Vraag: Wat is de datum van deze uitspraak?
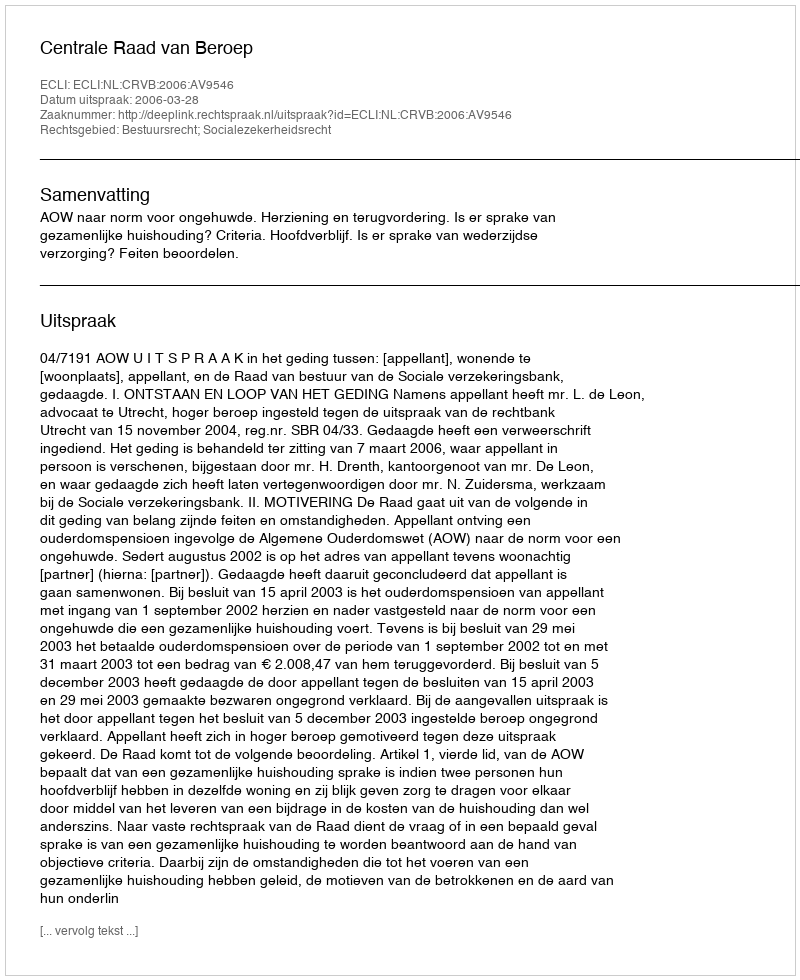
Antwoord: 2006-03-28